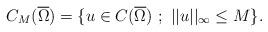
LaTeX: \begin{align*}C_{M}(\overline{\Omega})= \{u\in C(\overline{\Omega}) \ ; \ ||u||_{\infty} \leq M\}.\end{align*}